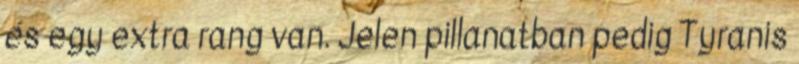
és egy extra rang van. Jelen pillanatban pedig Tyranis